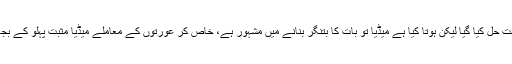
ماضی میں بڑے اور پیچیدہ مسائل کو اس نظام کے تحت حل کیا گیا لیکن ہوتا کیا ہے میڈیا تو بات کا بتنگر بنانے میں مشہور ہے، خاص کر عورتوں کے معاملے میڈیا مثبت پہلو کے بجائے منفی پہلو کو زیادہ اجاگر کرنے میں لگ جاتا ہے۔